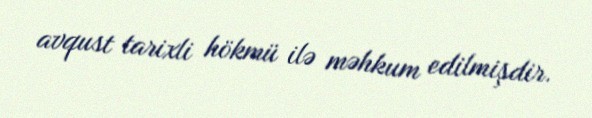
avqust tarixli hökmü ilə məhkum edilmişdir.